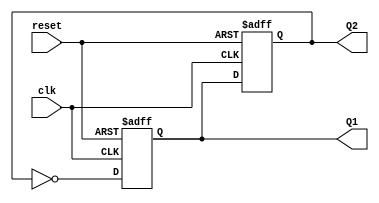
module dual_stage_johnson_counter (
    input wire clk,          // Clock input
    input wire reset,        // Asynchronous reset input
    output reg Q1,          // Output of the first flip-flop
    output reg Q2           // Output of the second flip-flop
);

// Always block triggered on the rising edge of the clock or when reset is asserted
always @(posedge clk or posedge reset) begin
    if (reset) begin
        // Asynchronous reset: set both outputs to 0
        Q1 <= 1'b0;
        Q2 <= 1'b0;
    end else begin
        // Johnson counter logic
        Q1 <= ~Q2;  // D1 is connected to the inverted output of Q2
        Q2 <= Q1;   // D2 is connected to Q1
    end
end

endmodule